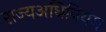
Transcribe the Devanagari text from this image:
राज्यअधिनियम